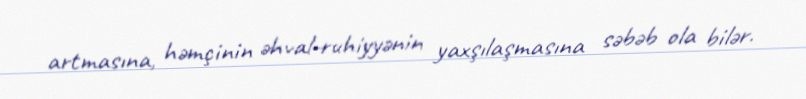
artmasına, həmçinin əhval-ruhiyyənin yaxşılaşmasına səbəb ola bilər.